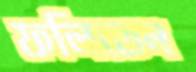
ফলিতেন